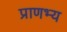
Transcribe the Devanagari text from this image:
प्राणभ्य